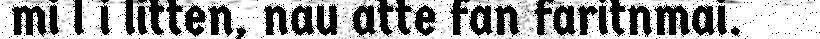
mi l i litten, nau atte fan faritnmai.